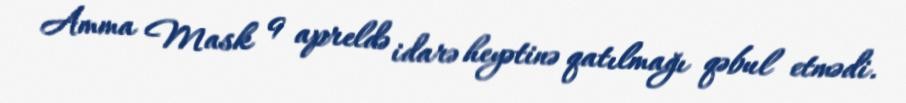
Amma Mask 9 apreldə idarə heyətinə qatılmağı qəbul etmədi.